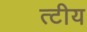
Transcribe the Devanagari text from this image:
त्टीय